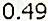
0.49